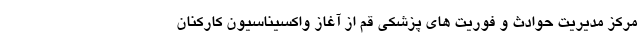
مرکز مدیریت حوادث و فوریت های پزشکی قم از آغاز واکسیناسیون کارکنان